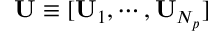
\mathbf { U } \equiv [ \mathbf { U } _ { 1 } , \cdots , \mathbf { U } _ { N _ { p } } ]